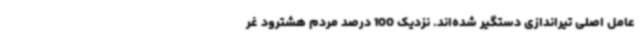
عامل اصلی تیراندازی دستگیر شده‌اند. نزدیک 100 درصد مردم هشترود غر